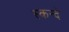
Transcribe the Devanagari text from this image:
स्कन्दे